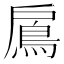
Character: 鳸